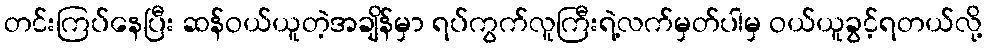
တင်းကြပ်နေပြီး ဆန်ဝယ်ယူတဲ့အချိန်မှာ ရပ်ကွက်လူကြီးရဲ့လက်မှတ်ပါမှ ဝယ်ယူခွင့်ရတယ်လို့